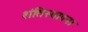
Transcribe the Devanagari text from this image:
शंतिस्थापना